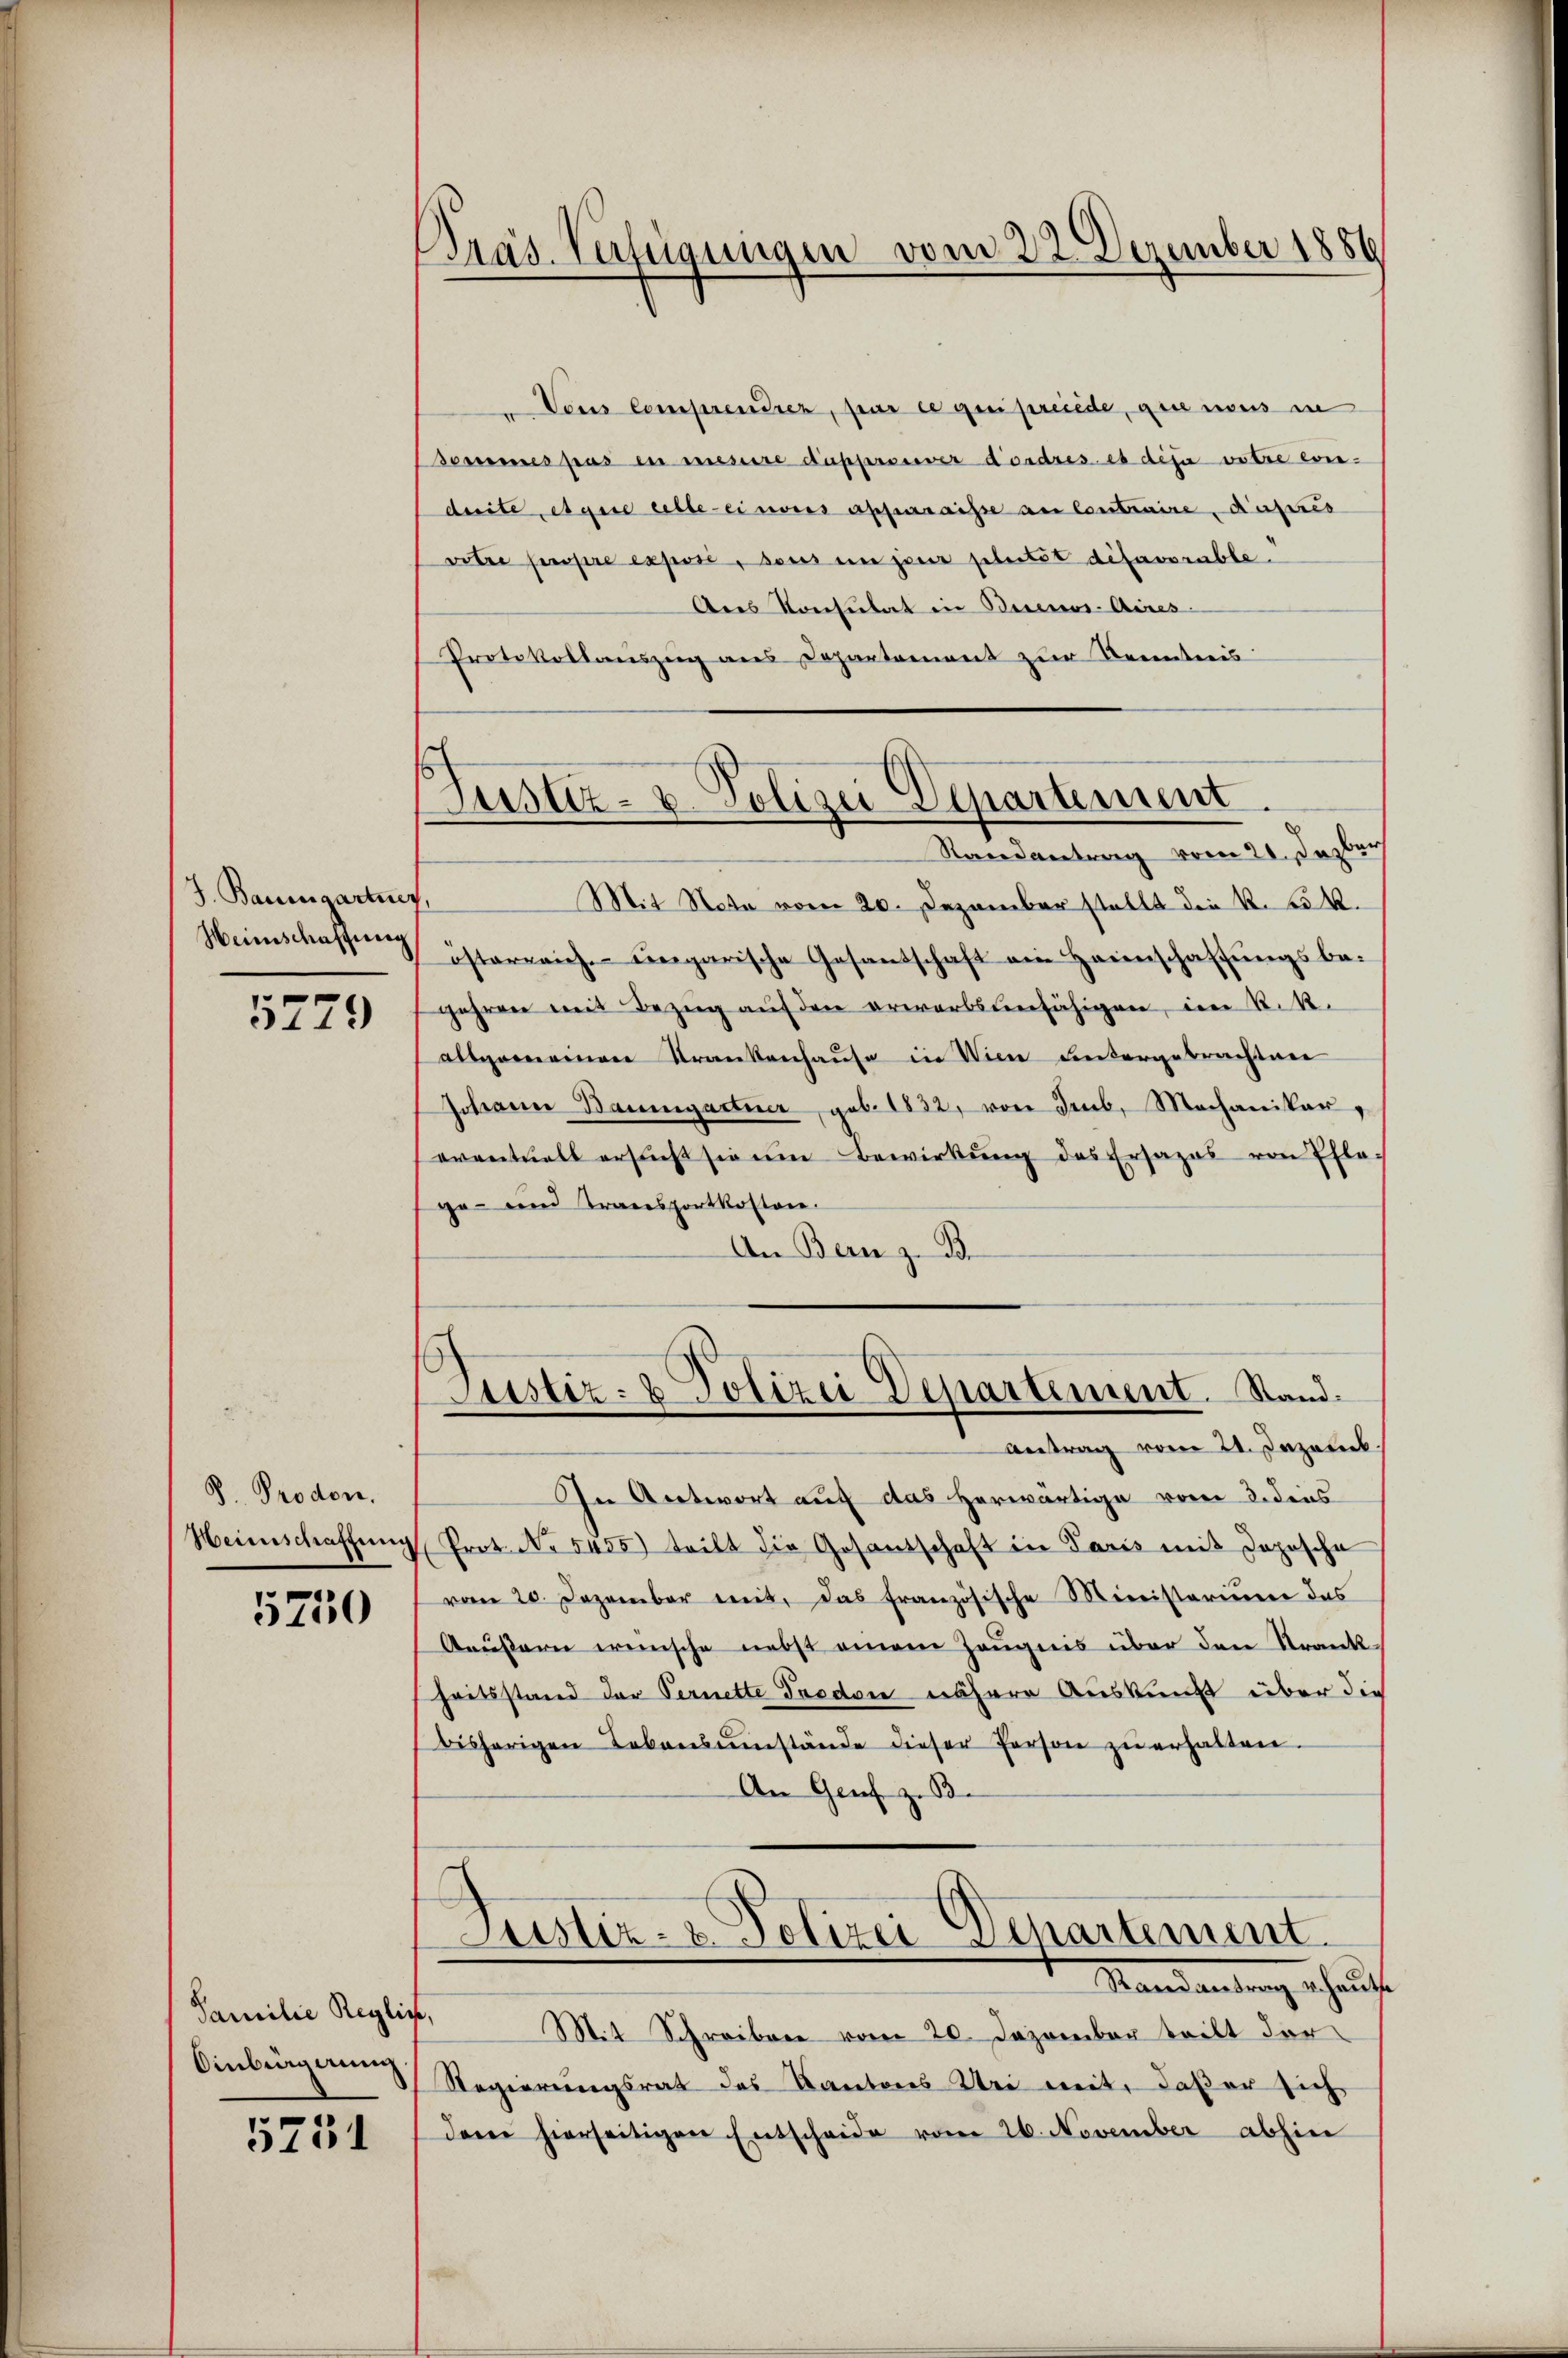
J. Baumgartner,
Heinschaffung

5779

D. Proden.
Weinschaffung

5750

Familie Reglich,
Oinbürgerung

5731

Präs. Verfügungen vom 22. Dezember 1886

Justiz- u. Polizei Departement.
Randantrag vom 21. Jazber

Vous comprendrer, par ce qui preide, die nous in
Semmes pas in mesure dapprouver dordres es dija votre evi-
duite et que celle eines apparaisse an Contraire, Außeres
votre propre exposé, sans en jour plutet difavorable.
Aes Konsulat in Buenos-Aires
Protokollauszug aus Departement zŭr Kenntnis
Mit Nota vom 20. Dezember stellt die K. Frk.
österreich ungarische Gesandschaft ein Heimschaffŭngsbe-
gehren mit Bezŭg aŭf den erwerbsunfähigen, im K. R.
allgemeinen Krankenhause in Wien untergebrachtener
Schaue Baumgartner, geb. 1832, von Seub, Mechaniker,
eventuell ersŭcht sie im Bewirkŭng des Ersazas von Ehle-
ge- und Transportkosten.
An Bern z. B.
Justiz- & Polizei Departement. Stand.
antrag vom 21. Dezemb
In Antwort auf das herwärtige vom 2. dies
Prot. No. 5405) tritt die Gesantschaft in Paris mit Jopische
vom 20. Dezember mit, das französische Ministerium das
Aeußern wünsche nebst einem Zeugnis über den Krank
heitsstand der Vernette Freden nähere Auskunft über die
bisherigen Lebensumstände dieser Person zŭ erhalten.
An Genf z. B.
Astiz- & Polizei-Departement.
Mandantung schauf
Mit Schreiben vom 20. Dezember teilt der
Regierungsrat des Kantons Wei mit, daß er sich
dem hierseitigen Entscheide vom 26. November abhin